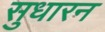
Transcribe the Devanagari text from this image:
सुधारन